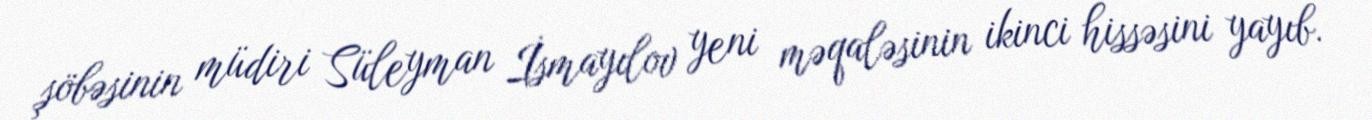
şöbəsinin müdiri Süleyman İsmayılov yeni məqaləsinin ikinci hissəsini yayıb.